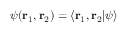
\psi ( \mathbf { r } _ { 1 } , \mathbf { r } _ { 2 } ) = \langle \mathbf { r } _ { 1 } , \mathbf { r } _ { 2 } | \psi \rangle